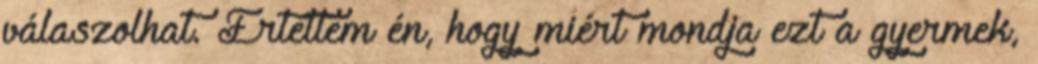
válaszolhat. Értettem én, hogy miért mondja ezt a gyermek,